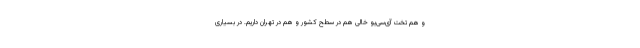
و هم تخت آی‌سی‌یو خالی هم در سطح کشور و هم در تهران داریم. در بسیاری